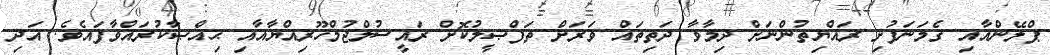
ޕްލޭންއާއި ގެމަނަފުށި ރައްޔިތުންނަށް ދިމާވާ ދަތިތައް ވަރަށް ތަފްޞީލުކޮށް ރައީސުލްޖުމްހޫރިއްޔާއާއި ޙިއްޞާކުރައްވާފައެވެ. އަދި